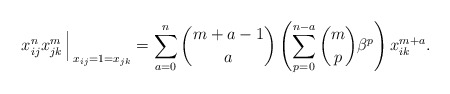
\begin{gather*}x_{ij}^{n} x_{jk}^{m} \Big{\arrowvert}_{x_{ij}=1=x_{jk}} = \sum_{a=0}^{n}{m+a-1 \choose a} \left( \sum_{p=0}^{n-a} {m \choose p} \beta^{p} \right) x_{ik}^{m+a} . \end{gather*}